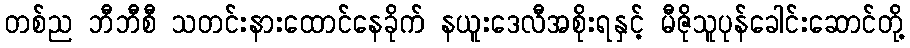
တစ်ည ဘီဘီစီ သတင်းနားထောင်နေခိုက် နယူးဒေလီအစိုးရနှင့် မီဇိုသူပုန်ခေါင်းဆောင်တို့